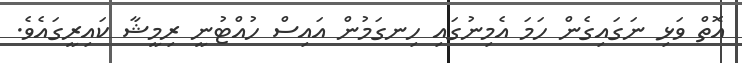
އޮތް ވަޅި ނަގައިގެން ހަމަ އެމިނުގައި ހިނގަމުން އައިސް ހުއްޓުނީ ރިމީޝާ ކައިރީގައެވެ.